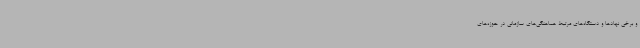
و برخی نهادها و دستگاه‌های مرتبط هماهنگی‌های سازمانی در حوزه‌های